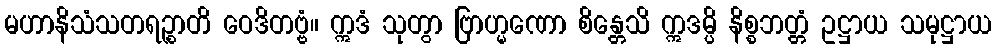
မဟာနိသံသတရဉ္စာတိ ဝေဒိတဗ္ဗံ။ ဣဒံ သုတွာ ဗြာဟ္မဏော စိန္တေသိ ဣဒမ္ပိ နိစ္စဘတ္တံ ဥဋ္ဌာယ သမုဋ္ဌာယ